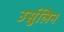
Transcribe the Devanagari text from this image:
उर्सुलिन